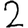
Digit: 2